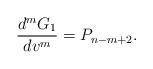
\begin{align*} \frac{d^mG_1}{dv^m}=P_{n-m+2}.\end{align*}